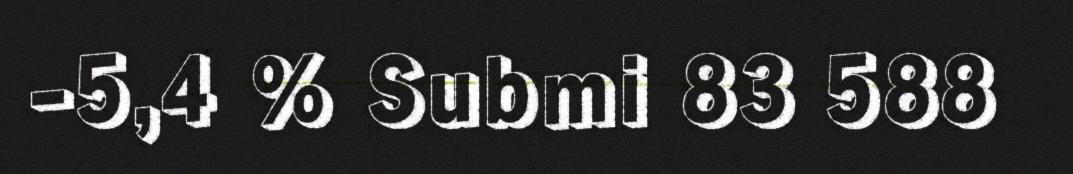
-5,4 % Submi 83 588